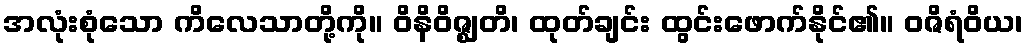
အလုံးစုံသော ကိလေသာတို့ကို။ ဝိနိဝိဇ္ဈတိ၊ ထုတ်ချင်း ထွင်းဖောက်နိုင်၏။ ဝဇိရံဝိယ၊